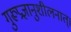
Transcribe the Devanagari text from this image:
गुरूप्रज्ञानुशीलनात्।